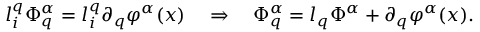
l _ { i } ^ { q } \Phi _ { q } ^ { \alpha } = l _ { i } ^ { q } \partial _ { q } \varphi ^ { \alpha } ( x ) ~ ~ ~ \Rightarrow ~ ~ ~ \Phi _ { q } ^ { \alpha } = l _ { q } \Phi ^ { \alpha } + \partial _ { q } \varphi ^ { \alpha } ( x ) .